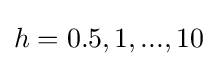
h=0.5,1,...,10